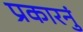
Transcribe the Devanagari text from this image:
प्रकारनुं